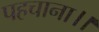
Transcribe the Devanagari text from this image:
पहचाना।।